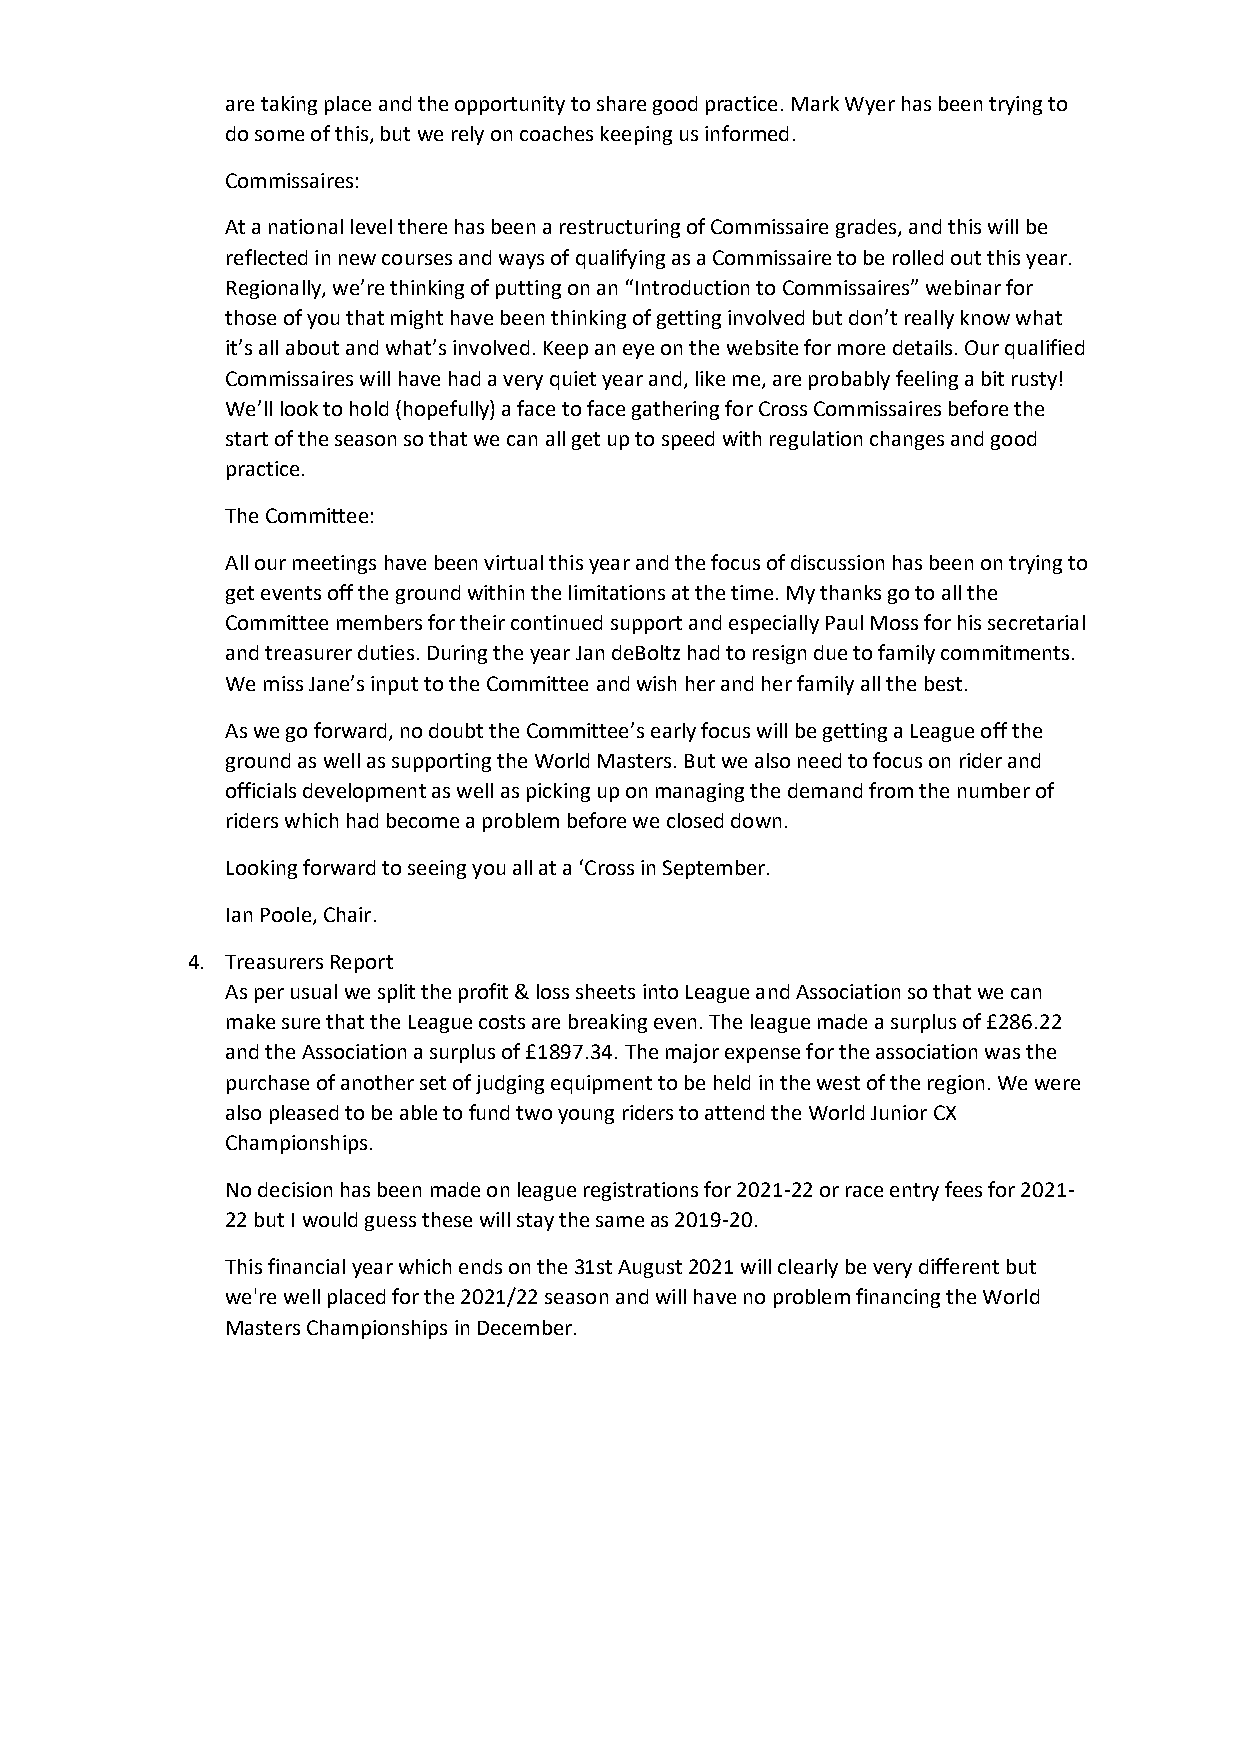
are taking place and the opportunity to share good practice. Mark Wyer has been trying to
 do some of this, but we rely on coaches keeping us informed.
 Commissaires:
 At a national level there has been a restructuring of Commissaire grades, and this will be
 reflected in new courses and ways of qualifying as a Commissaire to be rolled out this year.
 Regionally, we’re thinking of putting on an “Introduction to Commissaires” webinar for
 those of you that might have been thinking of getting involved but don’t really know what
 it’s all about and what’s involved. Keep an eye on the website for more details. Our qualified
 Commissaires will have had a very quiet year and, like me, are probably feeling a bit rusty!
 We’ll look to hold (hopefully) a face to face gathering for Cross Commissaires before the
 start of the season so that we can all get up to speed with regulation changes and good
 practice.
 The Committee:
 All our meetings have been virtual this year and the focus of discussion has been on trying to
 get events off the ground within the limitations at the time. My thanks go to all the
 Committee members for their continued support and especially Paul Moss for his secretarial
 and treasurer duties. During the year Jan deBoltz had to resign due to family commitments.
 We miss Jane’s input to the Committee and wish her and her family all the best.
 As we go forward, no doubt the Committee’s early focus will be getting a League off the
 ground as well as supporting the World Masters. But we also need to focus on rider and
 officials development as well as picking up on managing the demand from the number of
 riders which had become a problem before we closed down.
 Looking forward to seeing you all at a ‘Cross in September.
 Ian Poole, Chair.
 4. Treasurers Report
 As per usual we split the profit & loss sheets into League and Association so that we can
 make sure that the League costs are breaking even. The league made a surplus of £286.22
 and the Association a surplus of £1897.34. The major expense for the association was the
 purchase of another set of judging equipment to be held in the west of the region. We were
 also pleased to be able to fund two young riders to attend the World Junior CX
 Championships.
 No decision has been made on league registrations for 2021-22 or race entry fees for 2021-
 22 but I would guess these will stay the same as 2019-20.
 This financial year which ends on the 31st August 2021 will clearly be very different but
 we're well placed for the 2021/22 season and will have no problem financing the World
 Masters Championships in December.